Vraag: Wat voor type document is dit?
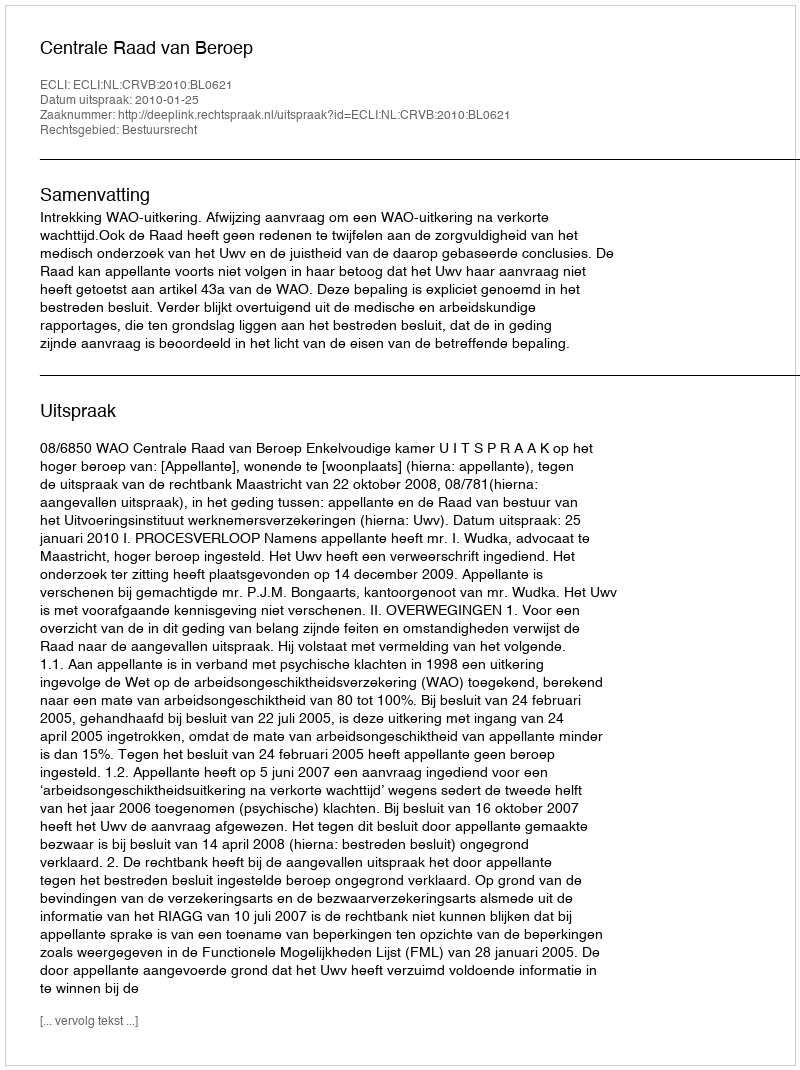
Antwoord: Uitspraak